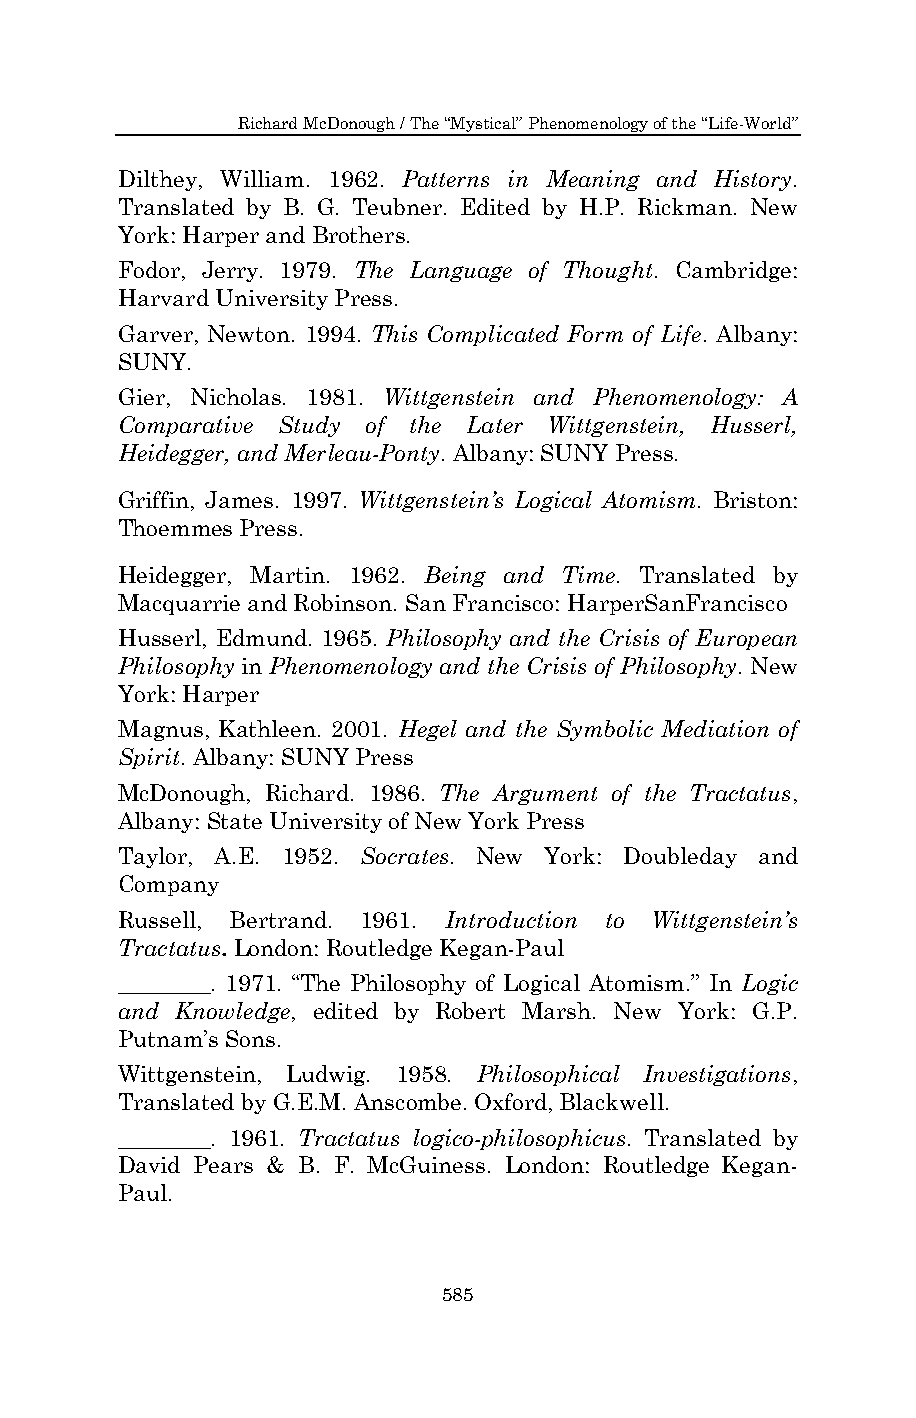
Richard McDonough / The “Mystical” Phenomenology of the “Life-World”
 Dilthey, William. 1962. Patterns in Meaning and History.
 Translated by B. G. Teubner. Edited by H.P. Rickman. New
 York: Harper and Brothers.
 Fodor, Jerry. 1979. The Language of Thought. Cambridge:
 Harvard University Press.
 Garver, Newton. 1994. This Complicated Form of Life. Albany:
 SUNY.
 Gier, Nicholas. 1981. Wittgenstein and Phenomenology: A
 Comparative Study of the Later Wittgenstein, Husserl,
 Heidegger, and Merleau-Ponty. Albany: SUNY Press.
 Griffin, James. 1997. Wittgenstein’s Logical Atomism. Briston:
 Thoemmes Press.
 Heidegger, Martin. 1962. Being and Time. Translated by
 Macquarrie and Robinson. San Francisco: HarperSanFrancisco
 Husserl, Edmund. 1965. Philosophy and the Crisis of European
 Philosophy in Phenomenology and the Crisis of Philosophy. New
 York: Harper
 Magnus, Kathleen. 2001. Hegel and the Symbolic Mediation of
 Spirit. Albany: SUNY Press
 McDonough, Richard. 1986. The Argument of the Tractatus,
 Albany: State University of New York Press
 Taylor, A.E. 1952. Socrates. New York: Doubleday and
 Company
 Russell, Bertrand. 1961. Introduction to Wittgenstein’s
 Tractatus. London: Routledge Kegan-Paul
 ________. 1971. “The Philosophy of Logical Atomism.” In Logic
 and Knowledge, edited by Robert Marsh. New York: G.P.
 Putnam’s Sons.
 Wittgenstein, Ludwig. 1958. Philosophical Investigations,
 Translated by G.E.M. Anscombe. Oxford, Blackwell.
 ________. 1961. Tractatus logico-philosophicus. Translated by
 David Pears & B. F. McGuiness. London: Routledge Kegan-
 Paul.
 585